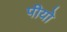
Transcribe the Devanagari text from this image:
पीयो